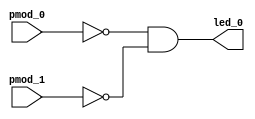
// Muthanna Alwahash
// Sept 2023


module and_gate 
    (
    input   pmod_0,
    input   pmod_1,
    output  led_0
    );

    assign led_0 = ~pmod_0 & ~pmod_1;

endmodule